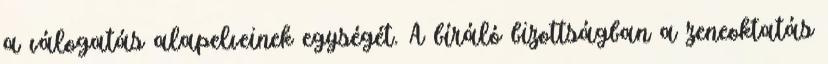
a válogatás alapelveinek egységét. A bíráló bizottságban a zeneoktatás